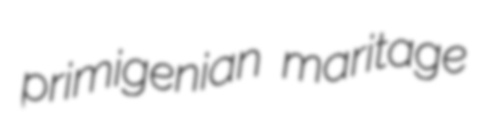
primigenian maritage